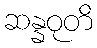
ဆန္နဝုတိ